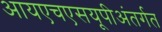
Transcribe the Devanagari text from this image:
आयएचएसयूपीअंतर्गत